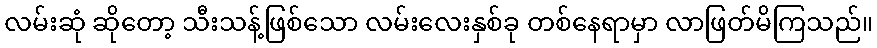
လမ်းဆုံ ဆိုတော့ သီးသန့်ဖြစ်သော လမ်းလေးနှစ်ခု တစ်နေရာမှာ လာဖြတ်မိကြသည်။